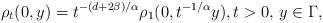
LaTeX: \begin{align*}\rho_t(0,y) = t^{-(d+2\beta)/\alpha} \rho_1(0,t^{-1/\alpha}y), t>0, \,y \in \Gamma,\end{align*}